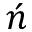
\acute { n }